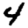
Digit: 4